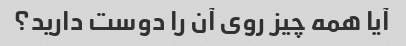
آیا همه چیز روی آن را دوست دارید؟